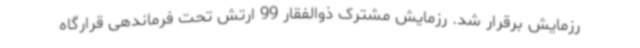
رزمایش برقرار شد. رزمایش مشترک ذوالفقار 99 ارتش تحت فرماندهی قرارگاه